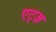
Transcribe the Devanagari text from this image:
एट्ज़